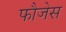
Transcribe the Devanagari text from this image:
फौजेस